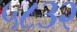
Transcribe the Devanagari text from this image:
५८३२